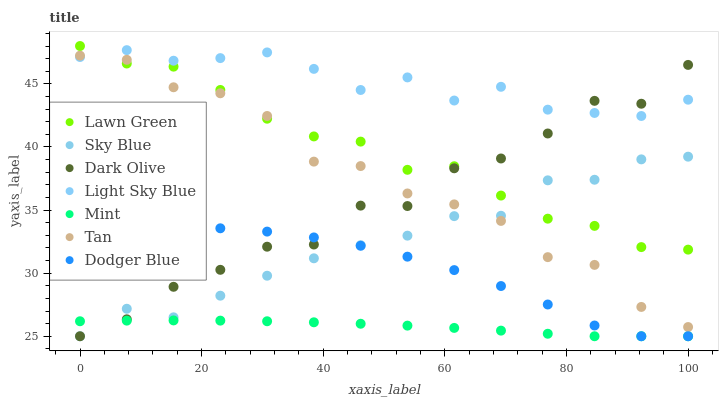
| xaxis_label | Lawn Green | Sky Blue | Dark Olive | Light Sky Blue | Mint | Tan | Dodger Blue |
 | --- | --- | --- | --- | --- | --- | --- | --- |
 | 0 | 48 | 25 | 25 | 47.1 | 26.2 | 47.2 | 33.1 |
 | 7.69 | 46.6 | 27.2 | 26.3 | 47.7 | 26.2 | 46.9 | 33.5 |
 | 15.4 | 46.4 | 26.5 | 28.9 | 46.8 | 26.3 | 44.7 | 33.6 |
 | 23.1 | 44.5 | 28.2 | 30.3 | 47 | 26.2 | 44.3 | 33.6 |
 | 30.8 | 42.2 | 29.8 | 32.1 | 47.5 | 26.2 | 42.5 | 33.3 |
 | 38.5 | 40.8 | 31.2 | 32.3 | 46.2 | 26.1 | 38.8 | 32.8 |
 | 46.2 | 40.4 | 32.2 | 35.4 | 44.5 | 26 | 38.5 | 32.2 |
 | 53.8 | 38.2 | 33 | 35.3 | 45.5 | 25.8 | 36.3 | 31.3 |
 | 61.5 | 38.5 | 34.5 | 38.3 | 43.7 | 25.7 | 35.5 | 30.2 |
 | 69.2 | 36.1 | 34.5 | 39.1 | 44.8 | 25.4 | 34.1 | 29 |
 | 76.9 | 34.3 | 37.4 | 41.1 | 43 | 25.2 | 31.3 | 27.5 |
 | 84.6 | 33.7 | 37.4 | 43.7 | 42.7 | 25 | 30.7 | 25.9 |
 | 92.3 | 32.1 | 39 | 43.4 | 42.5 | 25 | 27.3 | 25 |
 | 100 | 31.9 | 39.2 | 46.5 | 43.7 | 25 | 25.7 | 25 |